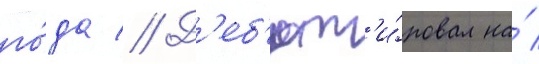
го́да // Д'еб'ют'и́ровал на́